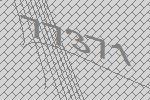
77371